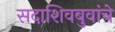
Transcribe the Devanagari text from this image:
सदाशिवबुवांचे